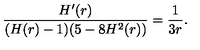
\frac { H ^ { \prime } ( r ) } { ( H ( r ) - 1 ) ( 5 - 8 H ^ { 2 } ( r ) ) } = \frac { 1 } { 3 r } .